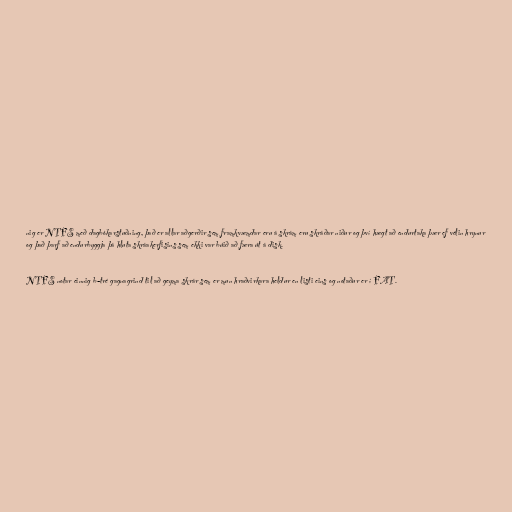
nig er NTFS með dagbókarstuðning, það er allar aðgerðir sem framkvæmdar eru á skrám eru skráðar niður og því hægt að endurtaka þær ef vélin hrynur
og það þarf að endurbyggja þá hluta skráakerfisins sem ekki var búið að færa út á disk.

NTFS notar einnig b-tré gagnagrind til að geyma skrár sem er mun hraðvirkara heldur en listi eins og notaður er í FAT.